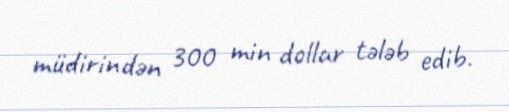
müdirindən 300 min dollar tələb edib.